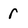
Character: r